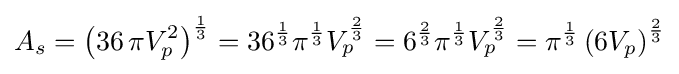
A_{s}=\left(36\,\pi V_{p}^{2}\right)^{\frac {1}{3}}=36^{\frac {1}{3}}\pi ^{\frac {1}{3}}V_{p}^{\frac {2}{3}}=6^{\frac {2}{3}}\pi ^{\frac {1}{3}}V_{p}^{\frac {2}{3}}=\pi ^{\frac {1}{3}}\left(6V_{p}\right)^{\frac {2}{3}}